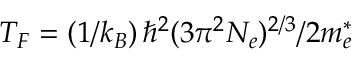
T _ { F } = \left( 1 / k _ { B } \right) \hbar ^ { 2 } { ( 3 { \pi } ^ { 2 } N _ { e } ) ^ { 2 / 3 } } / 2 m _ { e } ^ { * }